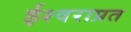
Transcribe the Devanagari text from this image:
ईश्वराप्रत